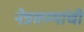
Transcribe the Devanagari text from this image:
नेत्रमण्यांची